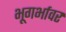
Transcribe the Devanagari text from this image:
भूगर्भावर